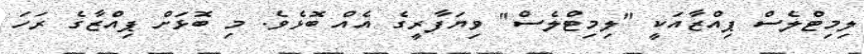
ލިމިޓްލެސް ޕިއްޒާއަކީ "ލިމިޓްލެސް" ވިޔަފާރީގެ އެއް ބޮޅެވެ. މި ބޮޅަށް ޕިއްޒާގެ ރަހަ